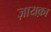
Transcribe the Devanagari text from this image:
ज़ायक़ा